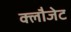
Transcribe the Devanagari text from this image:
क्लौजेट